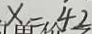
x = 4 2